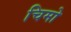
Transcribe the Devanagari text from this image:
चिमो